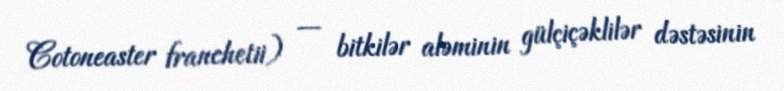
Cotoneaster franchetii) — bitkilər aləminin gülçiçəklilər dəstəsinin